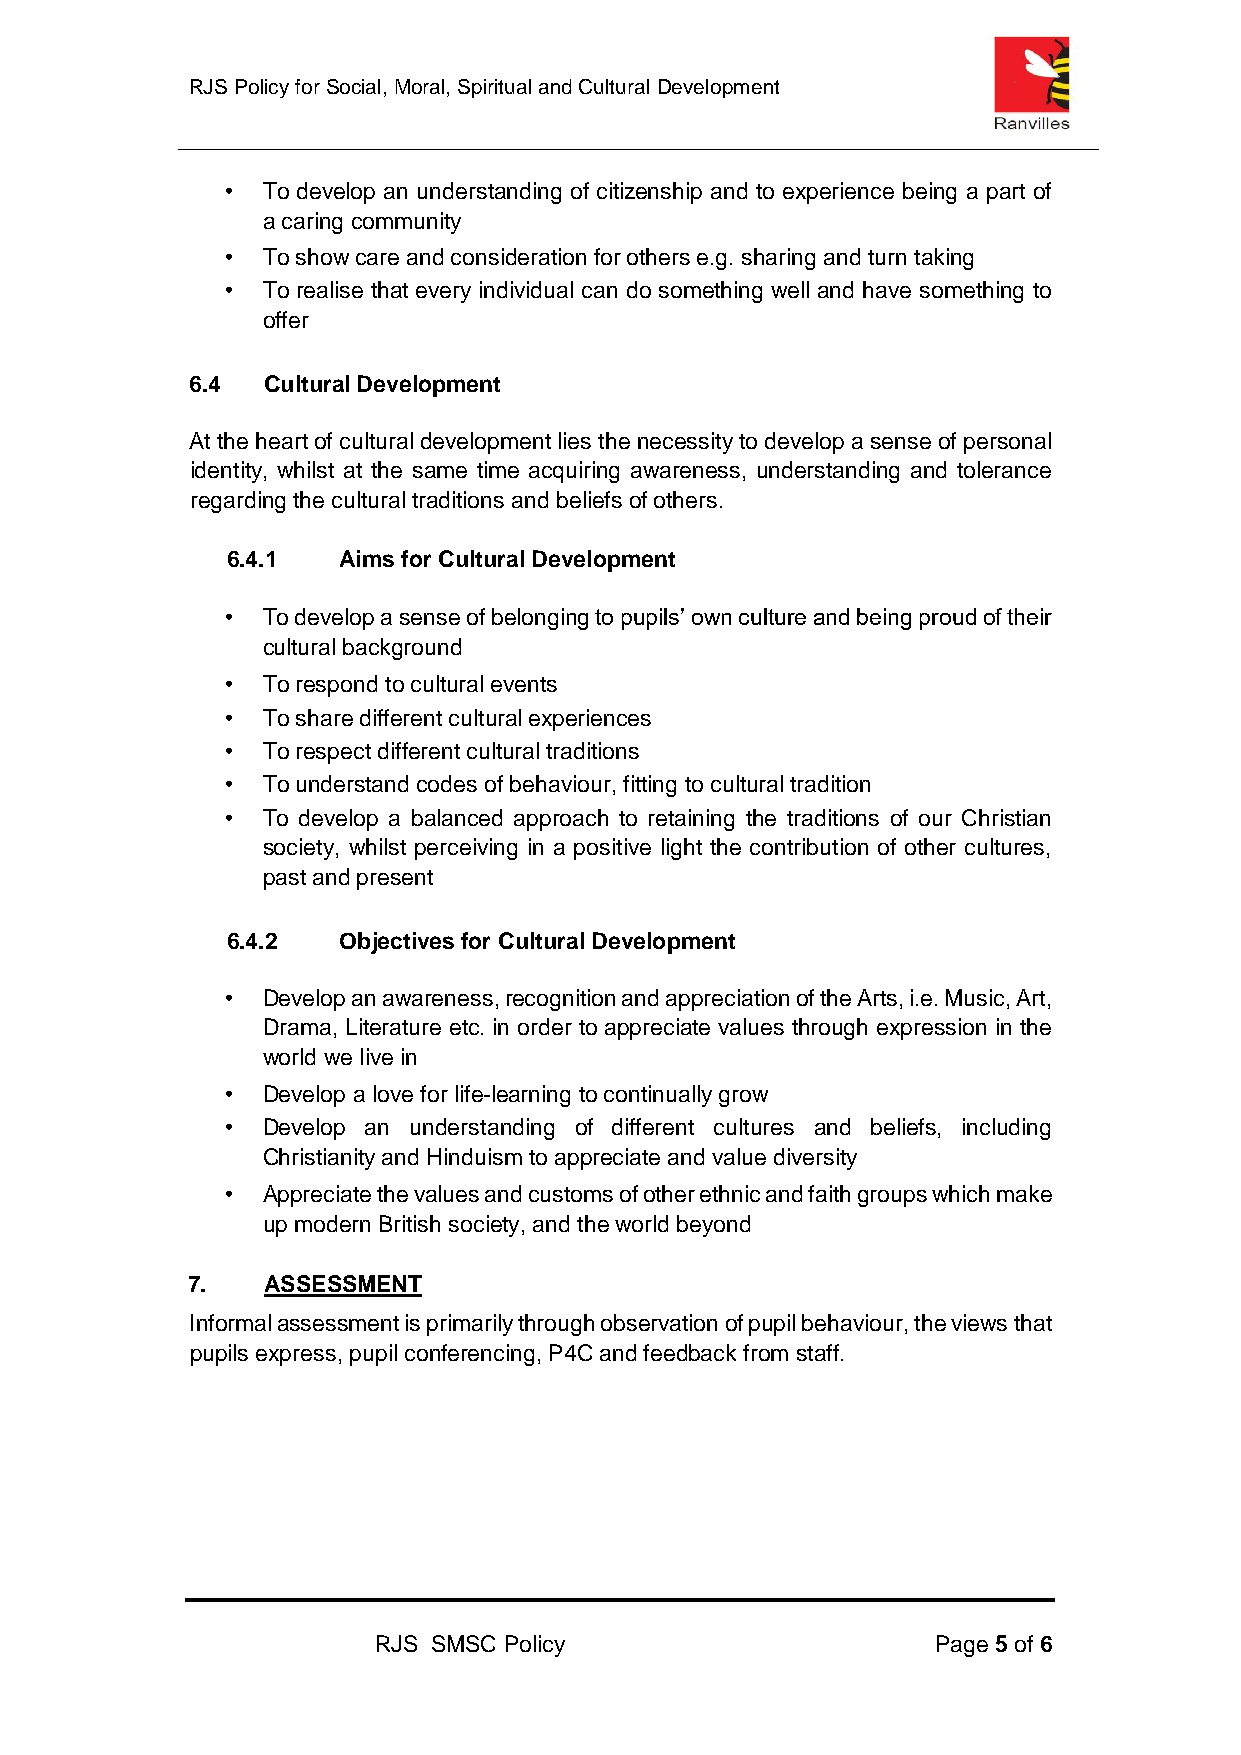
RJS Pol icy for Social, Moral, Spiritual and Cultural Development
 • To develop an understanding of citizenship and to experience being a part of
 a caring community
 • To show care and consideration for others e.g. sharing and turn taking
 • To realise that every individual can do something well and have something to
 offer
 6.4 Cultural Development
 At the heart of cultural development lies the necessity to develop a sense of personal
 identity, whilst at the same time acquiring awareness, understanding and tolerance
 regarding the cultural traditions and beliefs of others.
 6.4.1  Aims for Cultural Development
 • To develop a sense of belonging to pupils’ own culture and being proud of their
 cultural background
 • To respond to cultural events
 • To share different cultural experiences
 • To respect different cultural traditions
 • To understand codes of behaviour, fitting to cultural tradition
 • To develop a balanced approach to retaining the traditions of our Christian
 society, whilst perceiving in a positive light the contribution of other cultures,
 past and present
 6.4.2  Objectives for Cultural Development
 • Develop an awareness, recognition and appreciation of the Arts, i.e. Music, Art,
 Drama, Literature etc. in order to appreciate values through expression in the
 world we live in
 • Develop a love for life-learning to continually grow
 • Develop an understanding of different cultures and beliefs, including
 Christianity and Hinduism to appreciate and value diversity
 • Appreciate the values and customs of other ethnic and faith groups which make
 up modern British society, and the world beyond
 7.   ASSESSMENT
 Informal assessment is primarily through observation of pupil behaviour, the views that
 pupils express, pupil conferencing, P4C and feedback from staff.
 RJS SMSC Policy                      Page 5 of 6